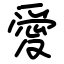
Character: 愛